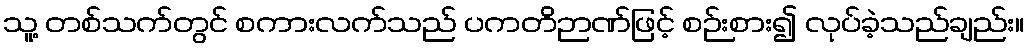
သူ့ တစ်သက်တွင် စကားလက်သည် ပကတိဉာဏ်ဖြင့် စဉ်းစား၍ လုပ်ခဲ့သည်ချည်း။